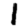
Digit: 1